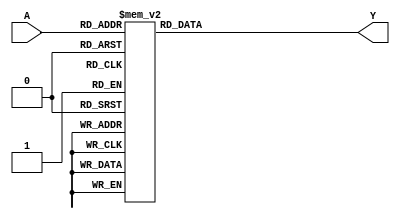
module dekoder_2(
   input [2:0]       A,
   output reg [7:0]  Y
);

  always @(A)
  	case (A)
      3'b000  : Y <= 8'b00000001;
      3'b001  : Y <= 8'b00000010;
      3'b010  : Y <= 8'b00000100;
      3'b011  : Y <= 8'b00001000;
      3'b100  : Y <= 8'b00010000;
      3'b101  : Y <= 8'b00100000;
      3'b110  : Y <= 8'b01000000;
      3'b111  : Y <= 8'b10000000;
      default : Y <= 8'b00000000;
    endcase

endmodule

//zadania:
//1 implementacja